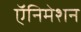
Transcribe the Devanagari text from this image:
ऍनिमेशन